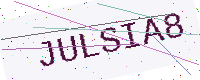
Text: JULSIA8